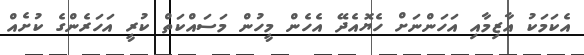
އެކަމަކު އާޒިމާއި އަހަންނަށް ހެޔޮއެދޭ އެހެން މީހުން މަސައްކަތް ކުރީ އަހަރެންގެ ކުށެއް